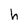
Character: h